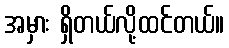
အမှား ရှိတယ်လို့ထင်တယ်။